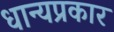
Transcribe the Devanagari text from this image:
धान्यप्रकार